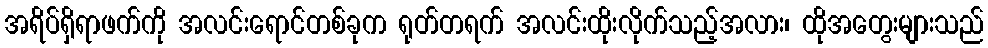
အရိပ်ရှိရာဖက်ကို အလင်းရောင်တစ်ခုက ရုတ်တရက် အလင်းထိုးလိုက်သည့်အလား၊ ထိုအတွေးများသည်